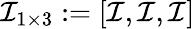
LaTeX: \mathcal{I}_{1\times 3}:=[\mathcal{I},\mathcal{I},\mathcal{I}]